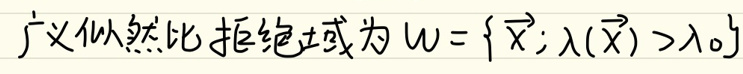
广义似然比拒绝域为\(W = \{ \vec{x}:\lambda(\vec{x}) > \lambda_0\}\)